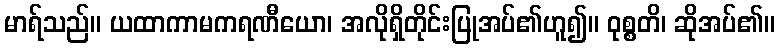
မာရ်သည်။ ယထာကာမကရဏီယော၊ အလိုရှိတိုင်းပြုအပ်၏ဟူ၍။ ဝုစ္စတိ၊ ဆိုအပ်၏။